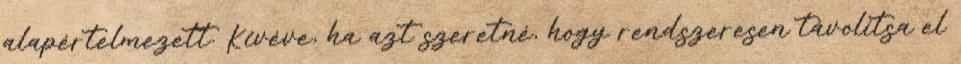
alapértelmezett. Kivéve, ha azt szeretné, hogy rendszeresen távolítsa el